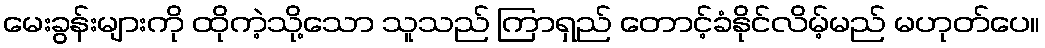
မေးခွန်းများကို ထိုကဲ့သို့သော သူသည် ကြာရှည် တောင့်ခံနိုင်လိမ့်မည် မဟုတ်ပေ။